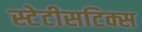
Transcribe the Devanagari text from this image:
स्टेटीसटिक्स